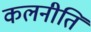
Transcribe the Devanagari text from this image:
कलनीति